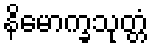
နိမောက္ခသုတ္တံ